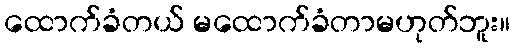
ထောက်ခံတယ် မထောက်ခံတာမဟုတ်ဘူး။